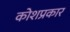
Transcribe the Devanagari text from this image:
कोशप्रकार